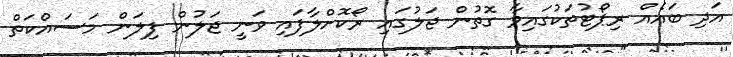
އަދި ބައެއް ރިޕޯޓުތަކުގައިވާ ގޮތުން ޖަލުގައި ރޯކޮށްލާފައި ވަނީ ޖަލުން ފިލަން މަސައްކަތް